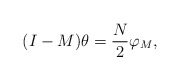
\begin{align*}(I-M)\theta=\frac{N}{2}\varphi_M,\end{align*}